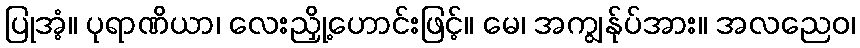
ပြုအံ့။ ပုရာဏိယာ၊ လေးညှို့ဟောင်းဖြင့်။ မေ၊ အကျွန်ုပ်အား။ အလညေဝ၊